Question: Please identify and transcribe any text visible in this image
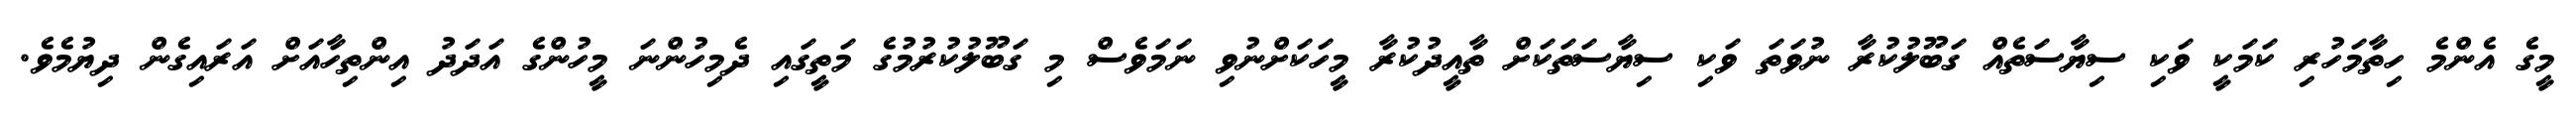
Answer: މީގެ އެންމެ ހިތާމަހުރި ކަމަކީ ވަކި ސިޔާސަތެއް ގަބޫލުކުރާ ނުވަތަ ވަކި ސިޔާސަތަކަށް ތާއީދުކުރާ މީހަކަށްނުވި ނަމަވެސް މި ގަބޫލުކުރުމުގެ މަތީގައި ދެމިހުންނަ މީހުންގެ އަދަދު އިންތިހާއަށް އަރައިގެން ދިޔުމެވެ.